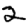
Digit: 2